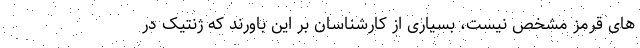
های قرمز مشخص نیست، بسیاری از کارشناسان بر این باورند که ژنتیک در